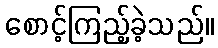
စောင့်ကြည့်ခဲ့သည်။